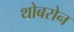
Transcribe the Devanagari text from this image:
थोबरोन